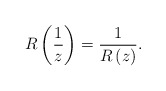
\begin{align*}R \left(\frac{1}{z} \right) = \frac{1}{R \left(z \right)}.\end{align*}